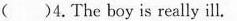
( )4. The boy is really ill.